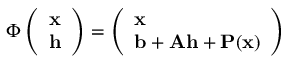
\Phi \left( \begin{array} { l } { \mathbf { x } } \\ { \mathbf { h } } \end{array} \right) = \left( \begin{array} { l } { \mathbf { x } } \\ { \mathbf { b } + \mathbf { A } \mathbf { h } + \mathbf { P } ( \mathbf { x } ) } \end{array} \right)